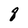
Character: 8